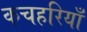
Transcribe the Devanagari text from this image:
कचहरियाँ